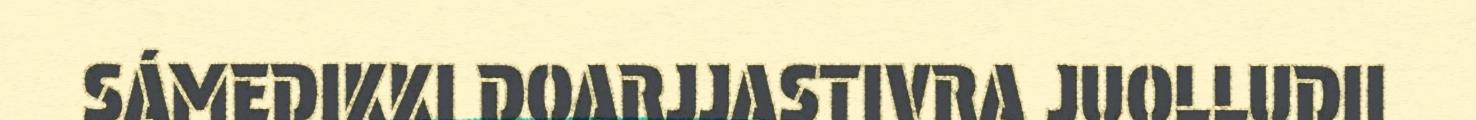
SÁMEDIKKI DOARJJASTIVRA JUOLLUDII